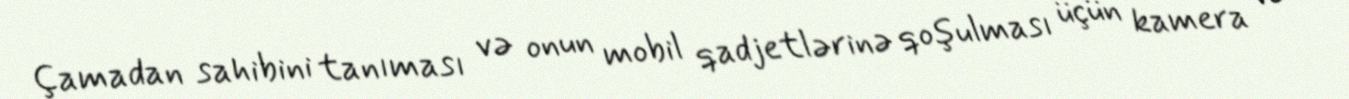
Çamadan sahibini tanıması və onun mobil qadjetlərinə qoşulması üçün kamera və